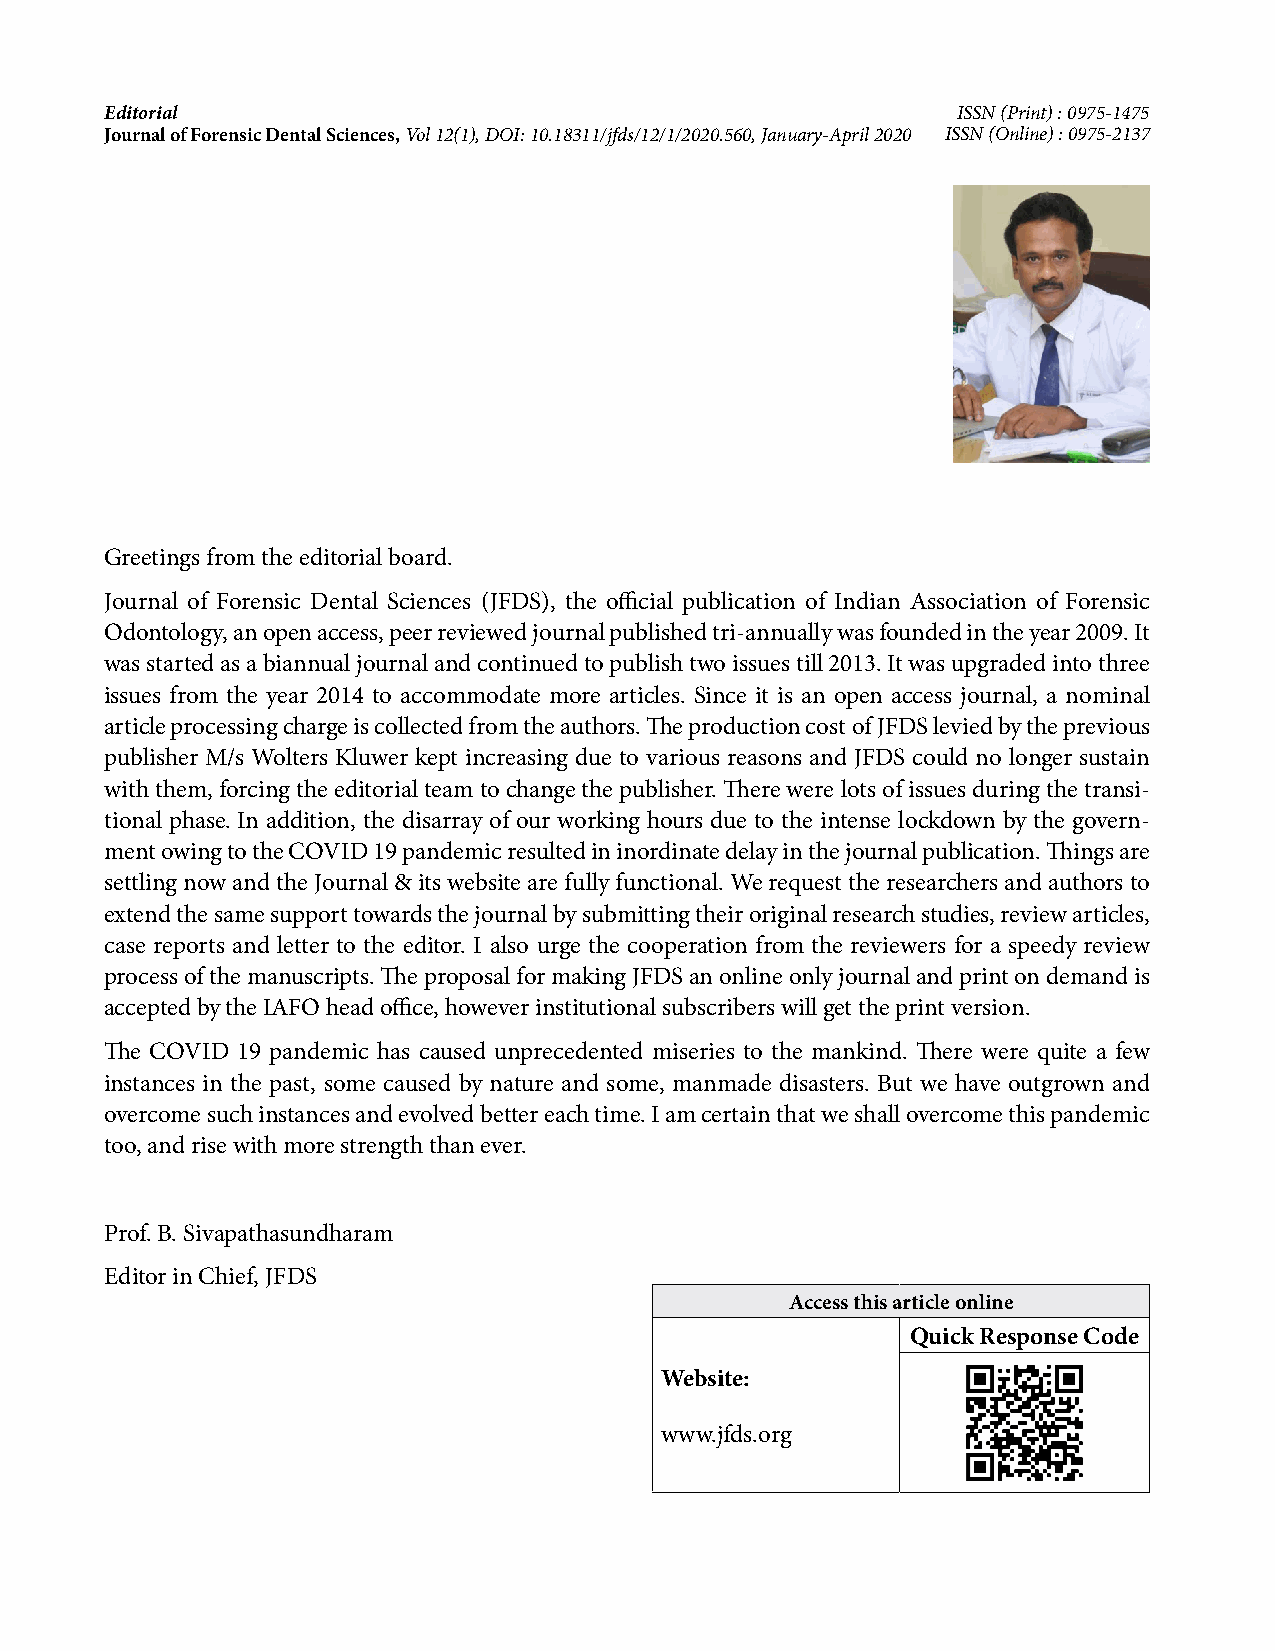
Editorial                                               ISSN (Print) : 0975-1475
 Journal of Forensic Dental Sciences, Vol 12(1), DOI: 10.18311/jfds/12/1/2020.560, January-April 2020 ISSN (Online) : 0975-2137
 Greetings from the editorial board.
 Journal of Forensic Dental Sciences (JFDS), the official publication of Indian Association of Forensic
 Odontology, an open access, peer reviewed journal published tri-annually was founded in the year 2009. It
 was started as a biannual journal and continued to publish two issues till 2013. It was upgraded into three
 issues from the year 2014 to accommodate more articles. Since it is an open access journal, a nominal
 article processing charge is collected from the authors. The production cost of JFDS levied by the previous
 publisher M/s Wolters Kluwer kept increasing due to various reasons and JFDS could no longer sustain
 with them, forcing the editorial team to change the publisher. There were lots of issues during the transi-
 tional phase. In addition, the disarray of our working hours due to the intense lockdown by the govern-
 ment owing to the COVID 19 pandemic resulted in inordinate delay in the journal publication. Things are
 settling now and the Journal & its website are fully functional. We request the researchers and authors to
 extend the same support towards the journal by submitting their original research studies, review articles,
 case reports and letter to the editor. I also urge the cooperation from the reviewers for a speedy review
 process of the manuscripts. The proposal for making JFDS an online only journal and print on demand is
 accepted by the IAFO head office, however institutional subscribers will get the print version.
 The COVID 19 pandemic has caused unprecedented miseries to the mankind. There were quite a few
 instances in the past, some caused by nature and some, manmade disasters. But we have outgrown and
 overcome such instances and evolved better each time. I am certain that we shall overcome this pandemic
 too, and rise with more strength than ever.
 Prof. B. Sivapathasundharam
 Editor in Chief, JFDS
 Access this article online
 Quick Response Code
 Website:
 www.jfds.org